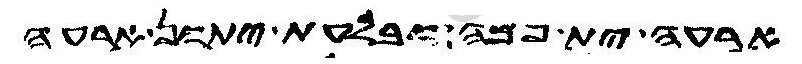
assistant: ארעה ית פמה ובלעת יתון ארעה